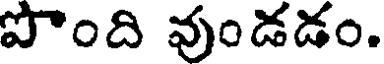
పొంది వుండడం.